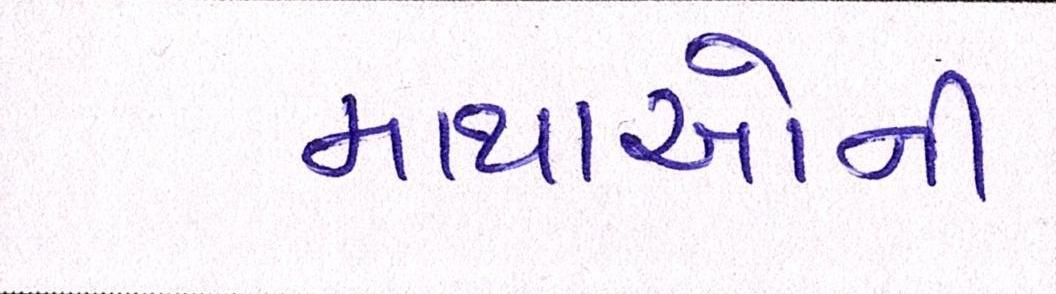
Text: માથાઓની